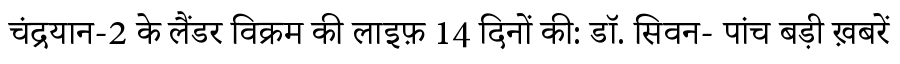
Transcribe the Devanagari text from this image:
चंद्रयान-2 के लैंडर विक्रम की लाइफ़ 14 दिनों की: डॉ. सिवन- पांच बड़ी ख़बरें